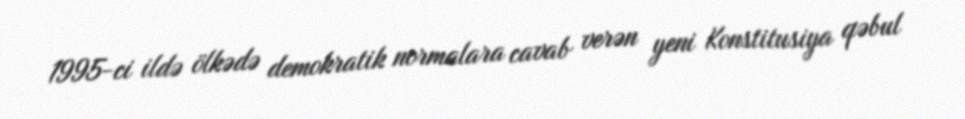
1995-ci ildə ölkədə demokratik normalara cavab verən yeni Konstitusiya qəbul